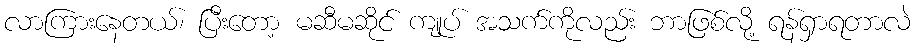
လာကြားနေတယ်၊ ပြီးတော့ မဆီမဆိုင် ကျုပ် အသက်ကိုလည်း ဘာဖြစ်လို့ ရန်ရှာရတာလဲ